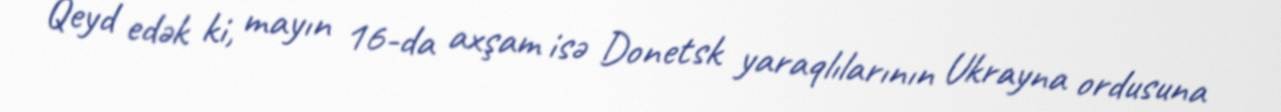
Qeyd edək ki, mayın 16-da axşam isə Donetsk yaraqlılarının Ukrayna ordusuna